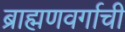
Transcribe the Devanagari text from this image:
ब्राह्मणवर्गाची